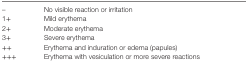
<table><thead><tr><td><b>–</b></td><td><b>No visible reaction or irritation</b></td></tr></thead><tbody><tr><td>1+</td><td>Mild erythema</td></tr><tr><td>2+</td><td>Moderate erythema</td></tr><tr><td>3+</td><td>Severe erythema</td></tr><tr><td>++</td><td>Erythema and induration or edema (papules)</td></tr><tr><td>+++</td><td>Erythema with vesiculation or more severe reactions</td></tr></tbody></table>